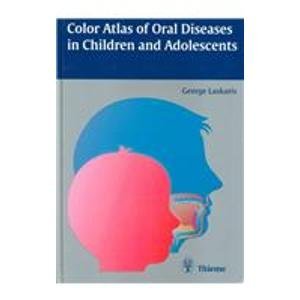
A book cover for Color Atlas of Oral Diseases in Children and Adolescents; George Laskaris; Medical Books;